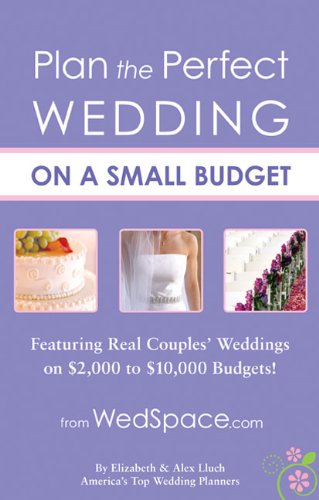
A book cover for Plan the Perfect Wedding on a Small Budget: Featuring Real Couples' Weddings on $2,000 to $10,000 Budgets; Alex A. Lluch; Crafts, Hobbies & Home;